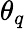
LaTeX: \theta_{q}